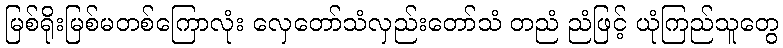
မြစ်ရိုးမြစ်မတစ်ကြောလုံး လှေတော်သံလှည်းတော်သံ တညံ ညံဖြင့် ယုံကြည်သူတွေ